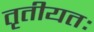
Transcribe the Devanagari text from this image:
तृतीयतः